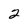
Character: 2